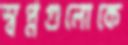
স্বপ্নগুলোকে